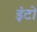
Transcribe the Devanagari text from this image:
इंटो